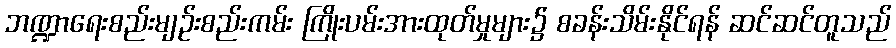
ဘဏ္ဍာရေးစည်းမျဉ်းစည်းကမ်း ကြိုးပမ်းအားထုတ်မှုများ၌ စခန်းသိမ်းနိုင်ရန် ဆင်ဆင်တူသည်